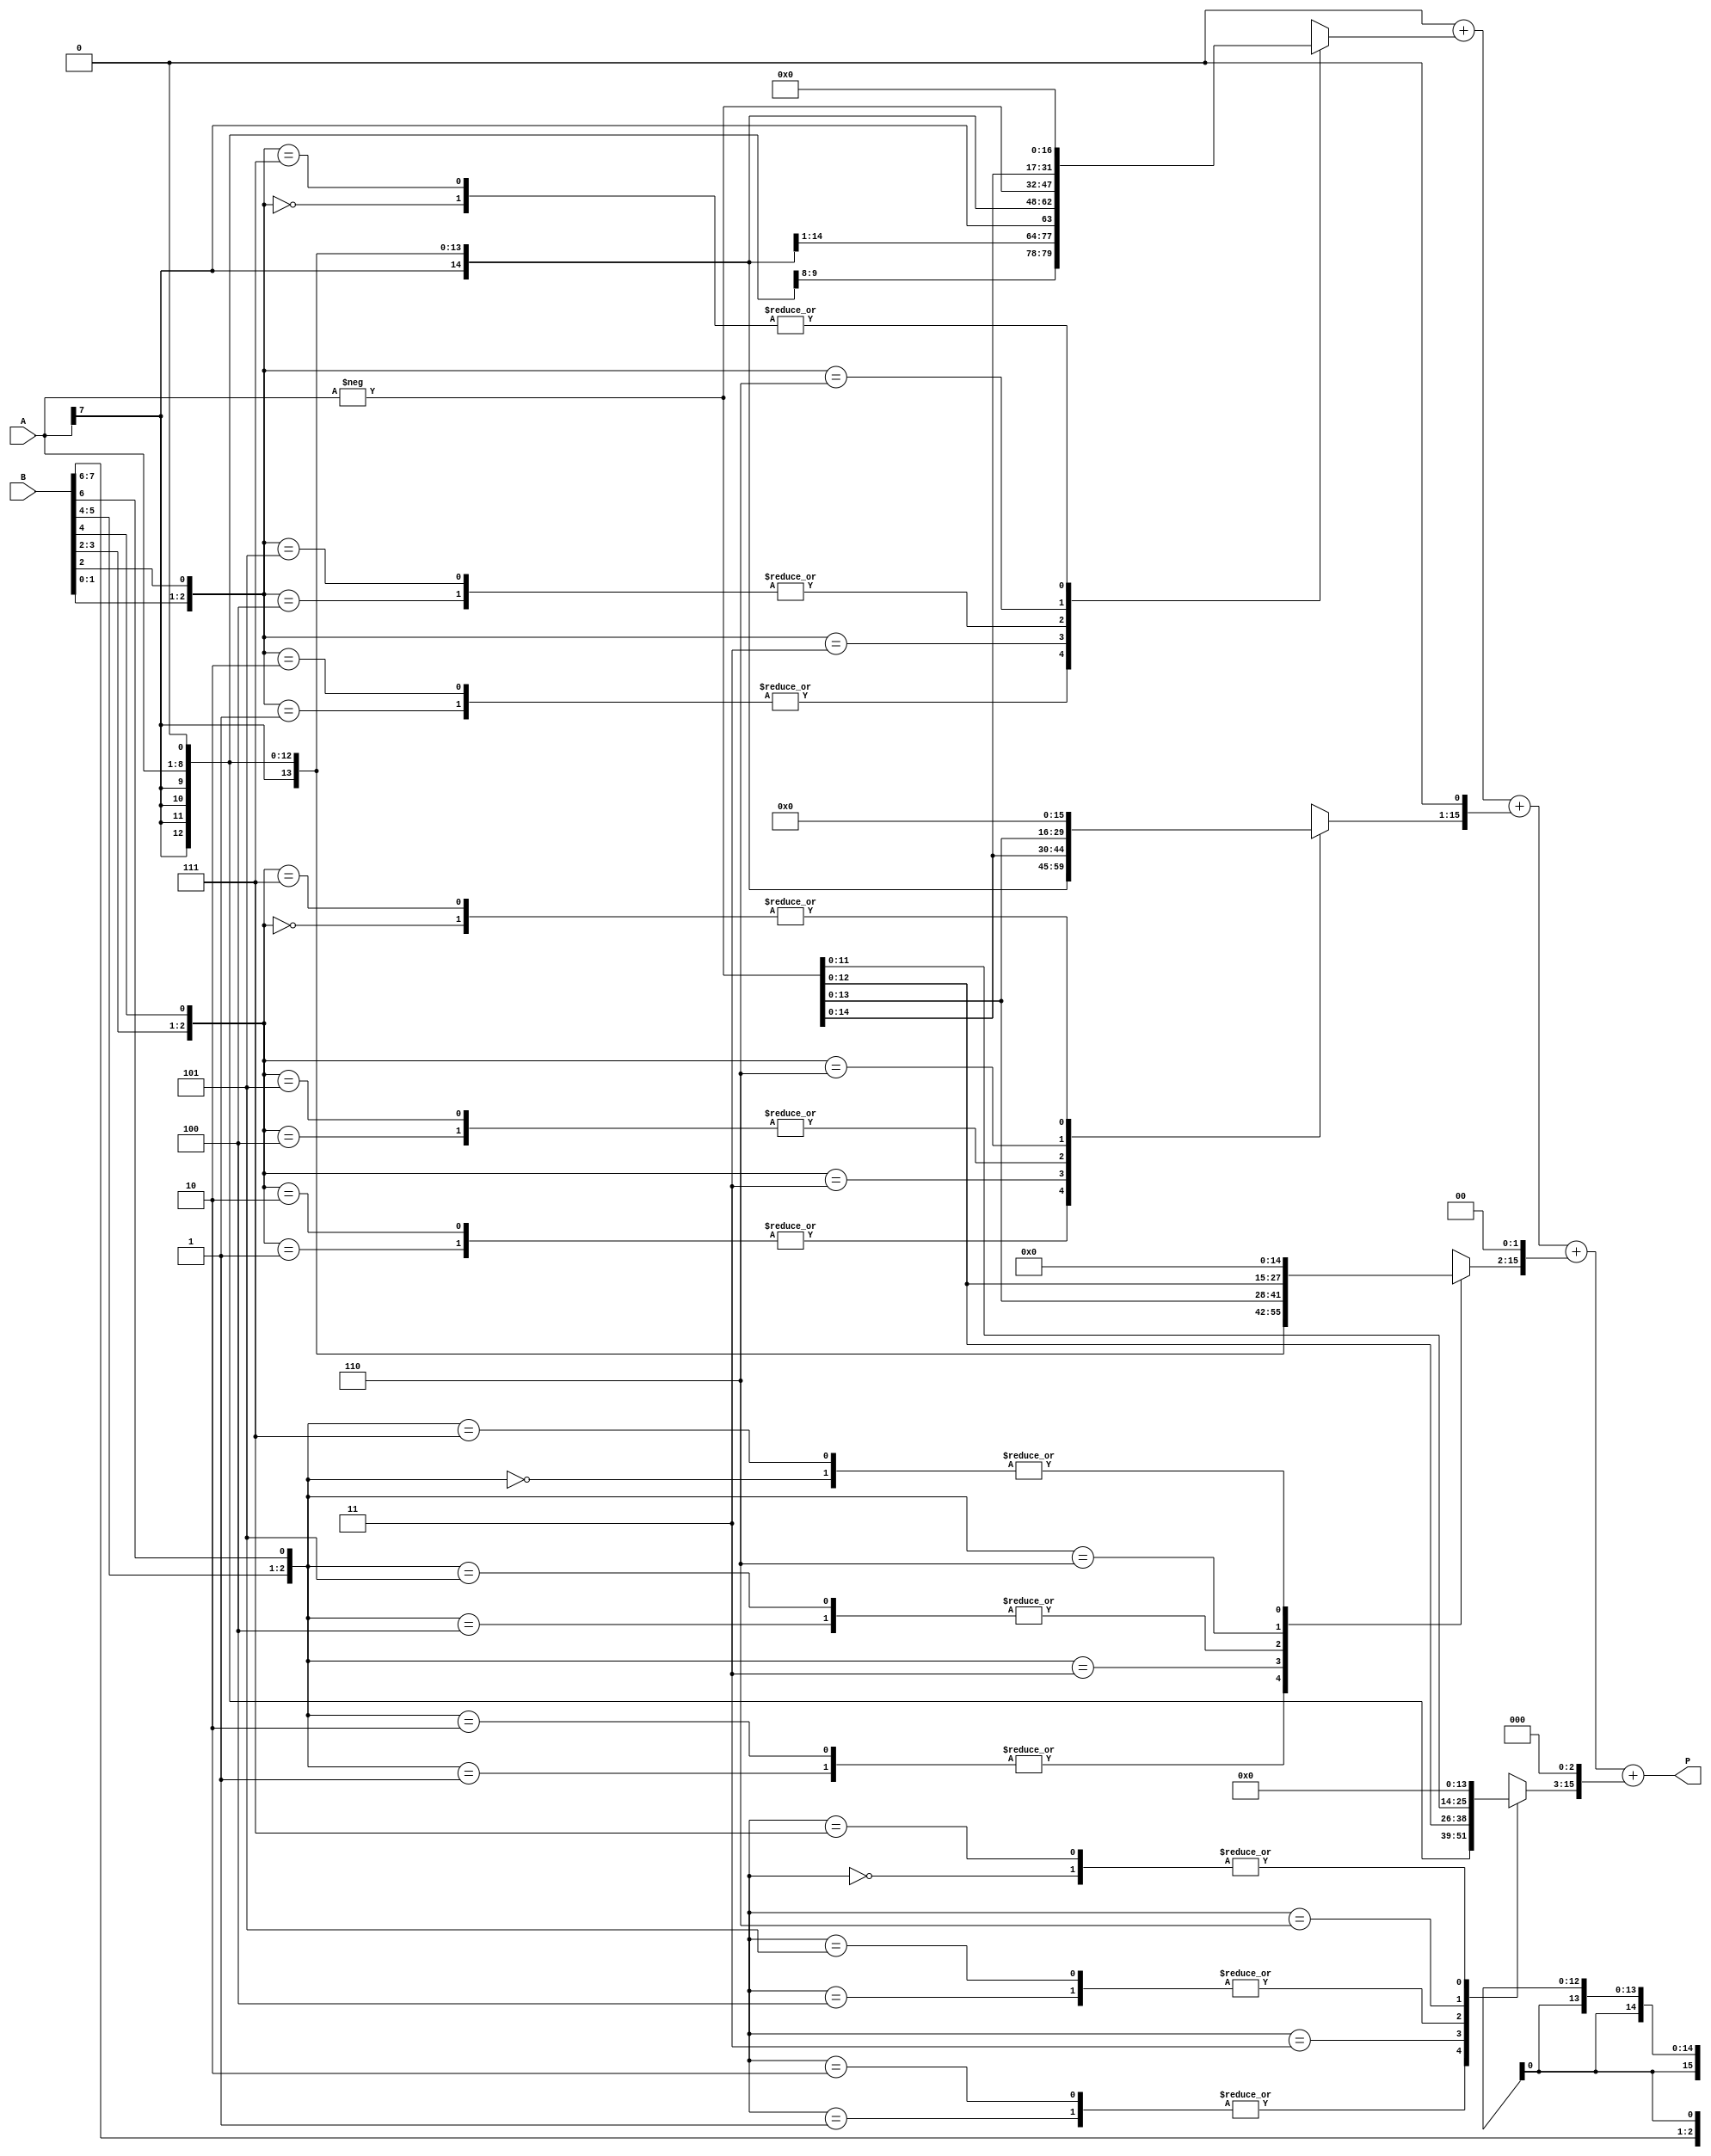
module radix4_multiplier (
    input signed [n-1:0] A,   // Multiplicand
    input signed [m-1:0] B,   // Multiplier
    output reg signed [2*n-1:0] P // Product (2*n bits)
);
parameter n = 8; // Bit-width of multiplicand A
parameter m = 8; // Bit-width of multiplier B

// Internal variables
reg signed [2*n-1:0] PP [0:(m/2)-1]; // Partial products
reg signed [2*n-1:0] temp;            // Temporary accumulator
reg [2:0] BoothReg;                    // Booth's encoding register
integer i;

// Initialize the product
always @(A or B) begin
    P = 0; // Clear product
    temp = 0; // Clear temporary register

    // Loop through the multiplier in pairs (Radix-4)
    for (i = 0; i < (m/2); i = i + 1) begin
        BoothReg = {B[2*i+1:2*i], B[2*i+2]}; // Get 2 bits with 1-bit overlap

        case (BoothReg)
            3'b000: PP[i] = 0;                  // 00: No operation
            3'b001: PP[i] = A;                  // 01: Add A
            3'b010: PP[i] = A;                  // 01: Add A (same as above)
            3'b011: PP[i] = A << 1;             // 11: Add 2A
            3'b100: PP[i] = -A;                 // 10: Subtract A
            3'b101: PP[i] = -A;                 // 10: Subtract A (same as above)
            3'b110: PP[i] = -A << 1;            // 110: Subtract 2A
            3'b111: PP[i] = 0;                  // 11: No operation (depends on encoding next)
            default: PP[i] = 0;                 // Default case
        endcase

        // Shift the partial product according to the position
        temp = temp + (PP[i] << (i*1)); // Shift left by i bits for position
    end

    // Assign the accumulated product
    P = temp;
end

endmodule